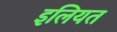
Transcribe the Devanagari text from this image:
इलियत